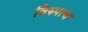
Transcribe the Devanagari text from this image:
विरुपत्व